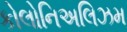
કોલોનિઅલિઝમ